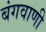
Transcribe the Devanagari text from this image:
बंगवाणी